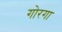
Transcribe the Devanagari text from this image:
गोरगा